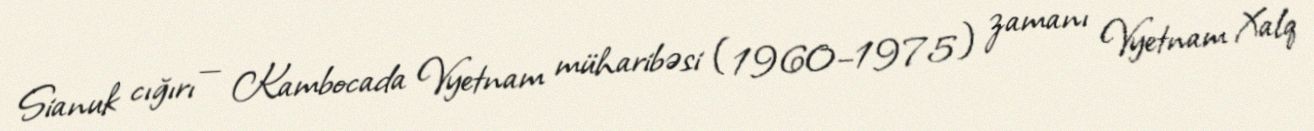
Sianuk cığırı — Kambocada Vyetnam müharibəsi (1960–1975) zamanı Vyetnam Xalq